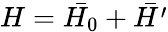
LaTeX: H={\bar{H_{0}}}+{\bar{H^{\prime}}}